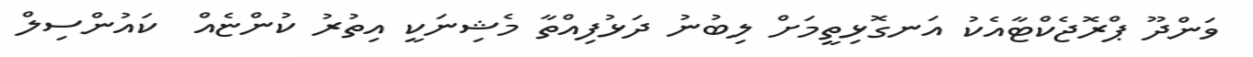
ވަންދޫ ޕްރޮޖެކްޓާއެކު އަނގޮޅިތީމަށް ލިބުނު ދަޅުފިއްތާ މެޝިނަކީ އިތުރު ކުންޏެއް  ކައުންސިލް